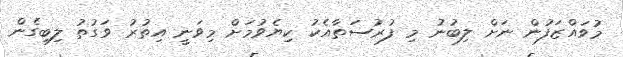
މުވައްޒަފުން ނަށް ލިބުނު މި ފުރުސަތާއެކު ކިޔެވުމަށް މިވަނީ އިތުރު ވަގުތު ލިބިގެން